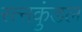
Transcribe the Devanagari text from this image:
रत्नकुंडल